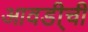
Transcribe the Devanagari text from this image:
आवडी्ची